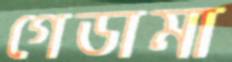
গেডামা